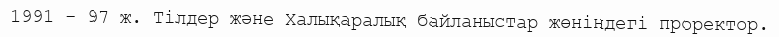
1991 - 97 ж. Тілдер және Халықаралық байланыстар жөніндегі проректор.